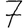
Digit: 7